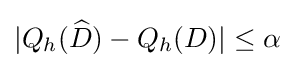
|Q_{h}({\widehat {D}})-Q_{h}(D)|\leq \alpha \,\!